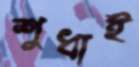
শুধাই